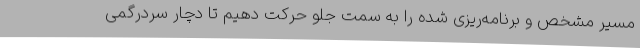
مسیر مشخص و برنامه‌ریزی شده را به سمت جلو حرکت دهیم تا دچار سردرگمی